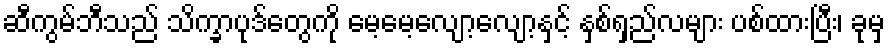
ဆီကွမ်ဘီသည် သိက္ခာပုဒ်တွေကို မေ့မေ့လျော့လျော့နှင့် နှစ်ရှည်လများ ပစ်ထားပြီး၊ ခုမှ